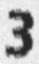
3